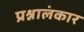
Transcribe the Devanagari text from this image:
प्रश्नालंकार